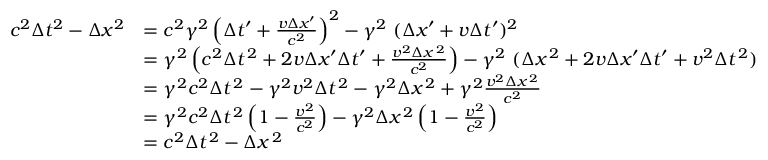
{ \begin{array} { r l } { c ^ { 2 } \Delta t ^ { 2 } - \Delta x ^ { 2 } } & { = c ^ { 2 } \gamma ^ { 2 } \left( \Delta t ^ { \prime } + { \frac { v \Delta x ^ { \prime } } { c ^ { 2 } } } \right) ^ { 2 } - \gamma ^ { 2 } \ ( \Delta x ^ { \prime } + v \Delta t ^ { \prime } ) ^ { 2 } } \\ & { = \gamma ^ { 2 } \left( c ^ { 2 } \Delta t ^ { \, 2 } + 2 v \Delta x ^ { \prime } \Delta t ^ { \prime } + { \frac { v ^ { 2 } \Delta x ^ { \, 2 } } { c ^ { 2 } } } \right) - \gamma ^ { 2 } \ ( \Delta x ^ { \, 2 } + 2 v \Delta x ^ { \prime } \Delta t ^ { \prime } + v ^ { 2 } \Delta t ^ { \, 2 } ) } \\ & { = \gamma ^ { 2 } c ^ { 2 } \Delta t ^ { \, 2 } - \gamma ^ { 2 } v ^ { 2 } \Delta t ^ { \, 2 } - \gamma ^ { 2 } \Delta x ^ { \, 2 } + \gamma ^ { 2 } { \frac { v ^ { 2 } \Delta x ^ { \, 2 } } { c ^ { 2 } } } } \\ & { = \gamma ^ { 2 } c ^ { 2 } \Delta t ^ { \, 2 } \left( 1 - { \frac { v ^ { 2 } } { c ^ { 2 } } } \right) - \gamma ^ { 2 } \Delta x ^ { \, 2 } \left( 1 - { \frac { v ^ { 2 } } { c ^ { 2 } } } \right) } \\ & { = c ^ { 2 } \Delta t ^ { \, 2 } - \Delta x ^ { \, 2 } } \end{array} }